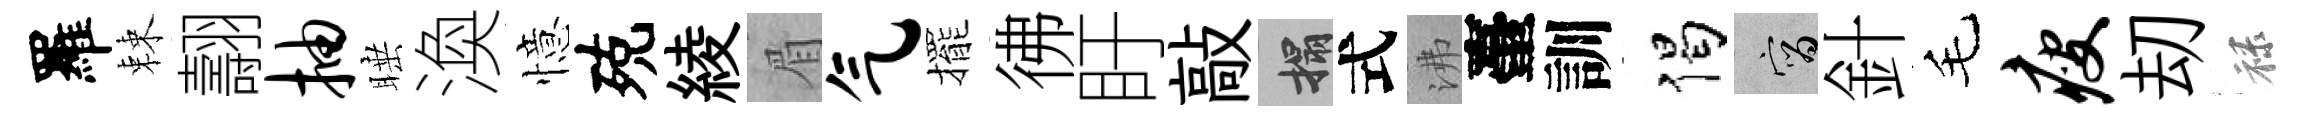
羅棘翿抽睡渙憶殑綾眉气擺彿盱敲搨式沸臺訓偈宵針毛瘦刧禄